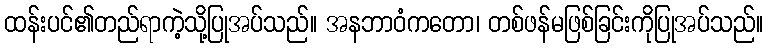
ထန်းပင်၏တည်ရာကဲ့သို့ပြုအပ်သည်။ အနဘာဝံကတော၊ တစ်ဖန်မဖြစ်ခြင်းကိုပြုအပ်သည်။